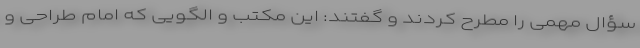
سؤال مهمی را مطرح کردند و گفتند: این مکتب و الگویی که امام طراحی و